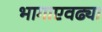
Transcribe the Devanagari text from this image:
भागाएवढ्या